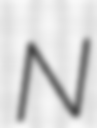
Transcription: N